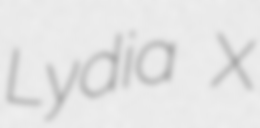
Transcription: Lydia X